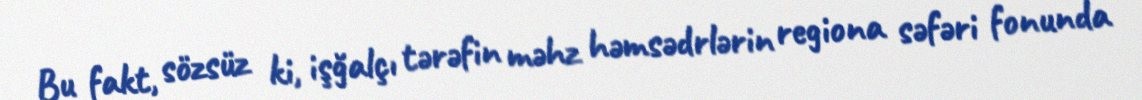
Bu fakt, sözsüz ki, işğalçı tərəfin məhz həmsədrlərin regiona səfəri fonunda